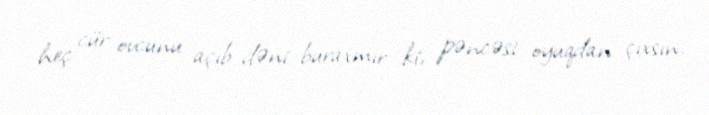
heç cür ovcunu açıb dəni buraxmır ki, pəncəsi oyuqdan çıxsın.